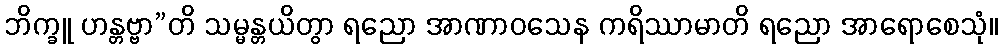
ဘိက္ခူ ဟန္တဗ္ဗာ”တိ သမ္မန္တယိတွာ ရညော အာဏာဝသေန ကရိဿာမာတိ ရညော အာရောစေသုံ။